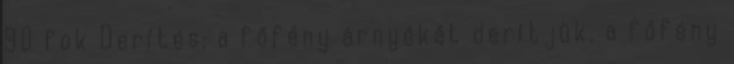
90 fok Derítés: a főfény árnyékát derítjük, a főfény